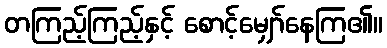
တကြည့်ကြည့်နှင့် စောင့်မျှော်နေကြ၏။